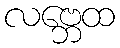
လဗ္ဘေထ